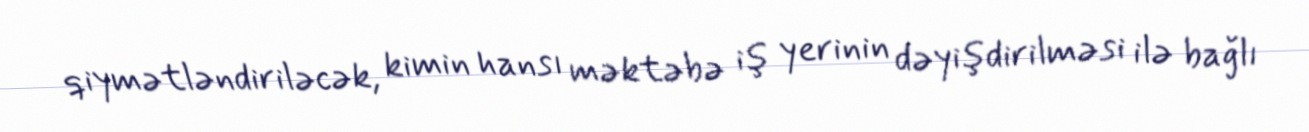
qiymətləndiriləcək, kimin hansı məktəbə iş yerinin dəyişdirilməsi ilə bağlı